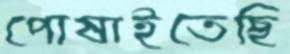
পোষাইতেছি